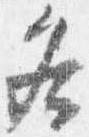
各